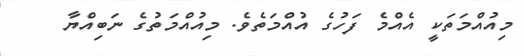
މިއުއްމަތަކީ އެއްމެ ފަހުގެ އުއްމަތެވެ. މިއުއްމަތުގެ ނަބިއްޔާ